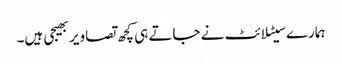
ہمارے سیٹلائٹ نے جاتے ہی کچھ تصاویر بھیجی ہیں۔